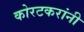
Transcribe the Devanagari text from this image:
कोरटकरांनी